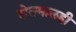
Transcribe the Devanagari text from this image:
शेतमालही